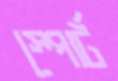
স্পোর্ট